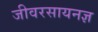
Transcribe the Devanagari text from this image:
जीवरसायनज्ञ